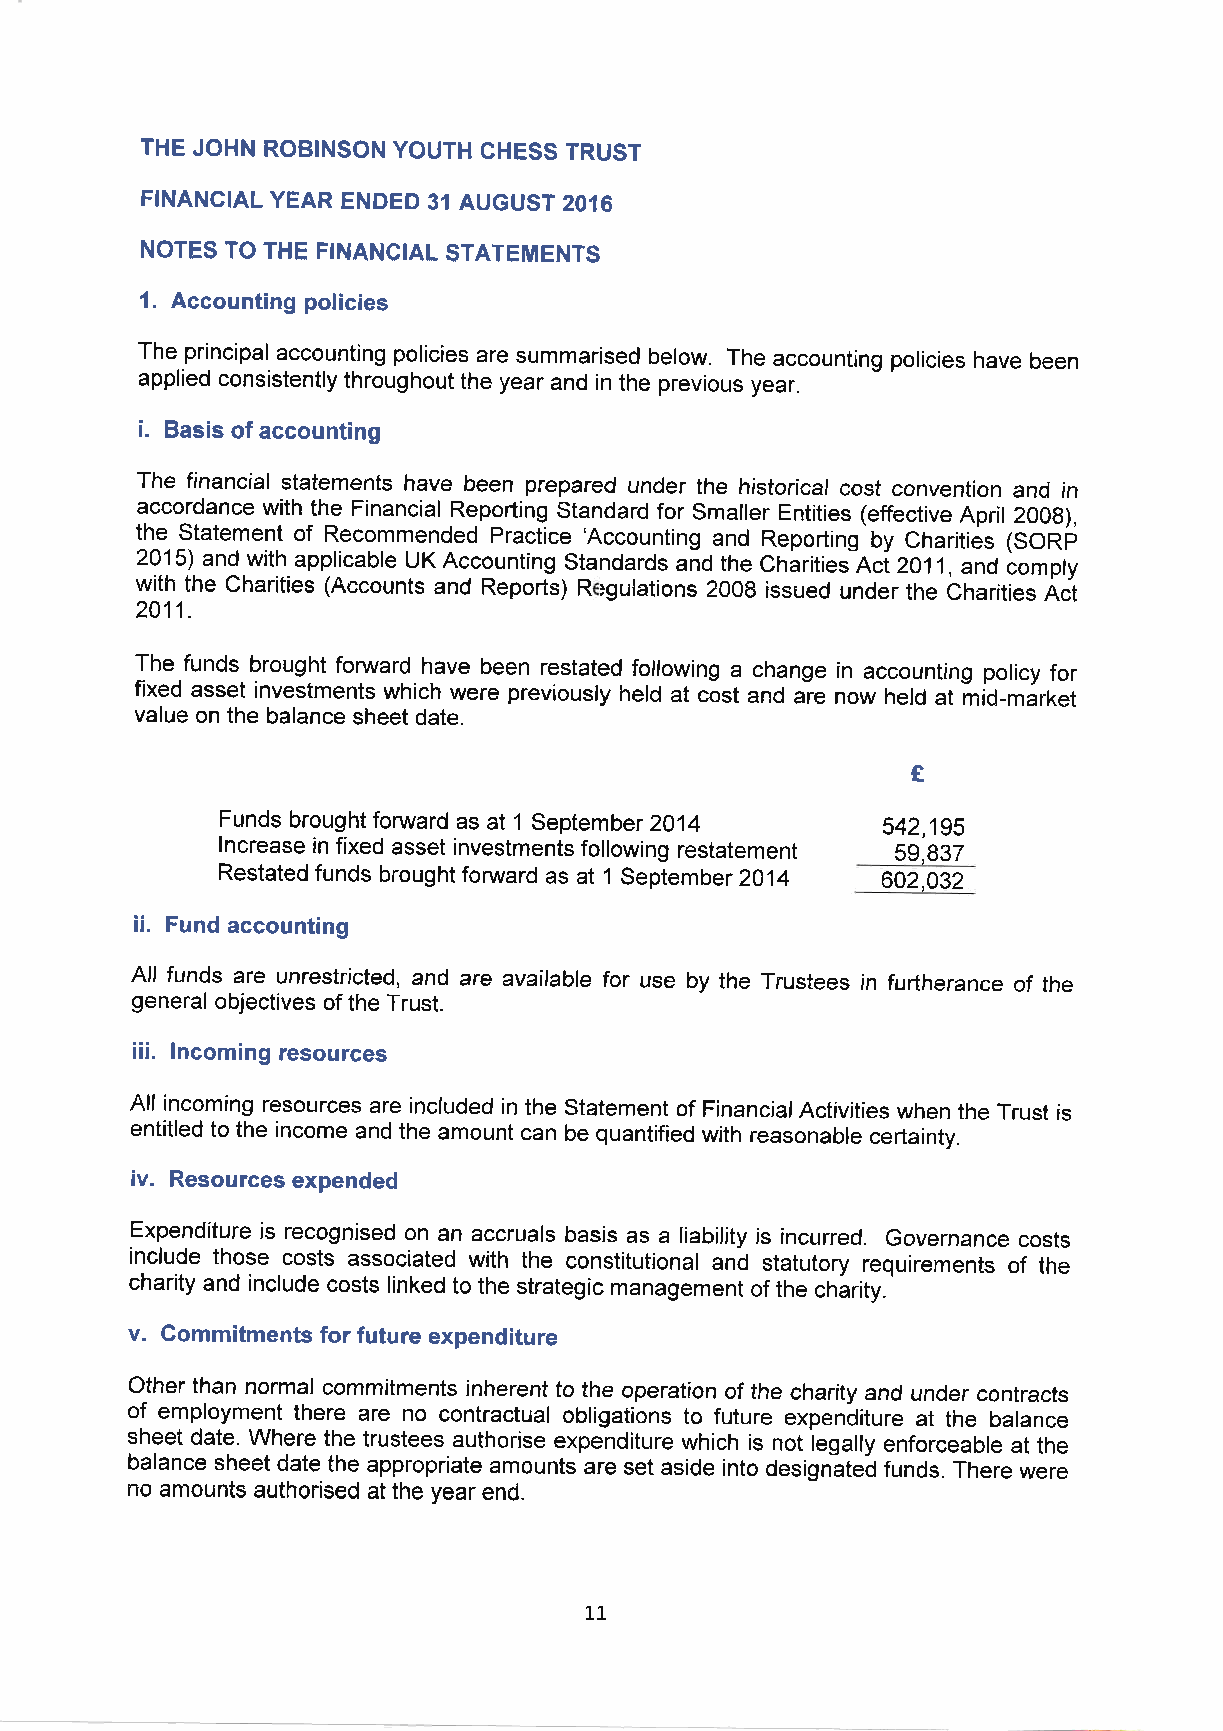
THE JOHN ROBINSON YOUTH GHESS TRUST
 FINANCIAL YEAR ENDED 31 AUGUST 2016
 NOTES TO THE FINANCIAL STATEMENTS
 1. Accounting policies
 The principal accounting policies are summarised below. The accounting policies have been
 applied consistently throughout the year and in the previous year.
 i.
 Basis of accounting
 The financial statements have been prepared under the historical cost convention and in
 accordance with the Financial Reporting Standard for Smaller Entities (effective April 200g),
 the Statement of Recommended Practice 'Accounting and Reporting by Charities (SORij
 2015) and with applicable UK Accounting Standards and the Charities nci zol1, and iomply
 with the Charities (Accounts and Reports) R rgulations 2008 issued under the Charities Ait
 2011.
 The funds brought fonrvard have been restated following a change in accounting policy for
 flxed asset investments which were previously held at cost and are now held at mid-market
 value on the balance sheet date.
 E
 Funds brought forward as at 1 September 2014 542,195
 lncrease in fixed asset investments following restatement 59,937
 Restated funds brought fonrvard as at 1 September 2014 602,032
 ii. Fund accounting
 All funds are unrestricted, and are available for use by the Trustees in furtherance of the
 general objectives of the Trust.
 iii. lncoming resources
 All incoming resources are included in the Statement of FinancialActivities when the Trust is
 entitled to the income and the amount can be quantified with reasonable certainty.
 iv. Resources expended
 Expenditure is recognised on an accruals basis as a liability is incurred. Governance costs
 include those costs associated with the constitutional an-d statutory requirements of the
 charity and include costs linked to the strategic management of the chirity.'
 v. Commitments for future expenditure
 Other than normal commitments inherent to the operation of the charity and under contracts
 of employment there are no contractual obligations to future expenditure at the balance
 sheet date. Where the trustees authorise expenditure which is not iegally enforceable at the
 balance sheet date the appropriate amounts are set aside into designited funds. There were
 no amounts authorised at the year end.
 1.1.